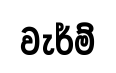
වැර්ම්